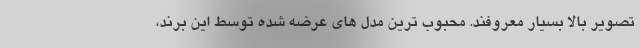
تصویر بالا بسیار معروفند. محبوب ترین مدل های عرضه شده توسط این برند،